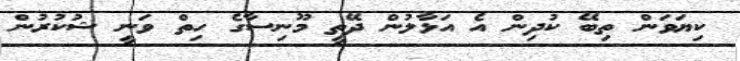
ކިޔަވަން ތިބޭ ކުދިން އެ އަޅާލުން ދޭތީ މޫނިސާގެ ހިތް ވަނީ ޝުކުރުން